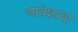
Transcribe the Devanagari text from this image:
आयेशाचा